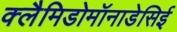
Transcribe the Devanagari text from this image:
क्लैमिडोमॉनाडेसिई